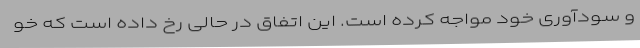
و سودآوری خود مواجه کرده است. این اتفاق در حالی رخ داده است که خو